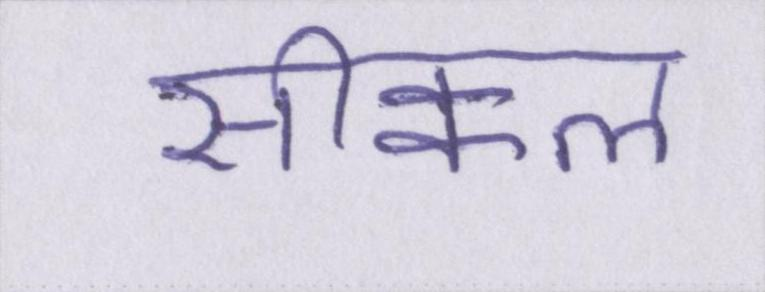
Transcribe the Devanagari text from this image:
सीक्वल